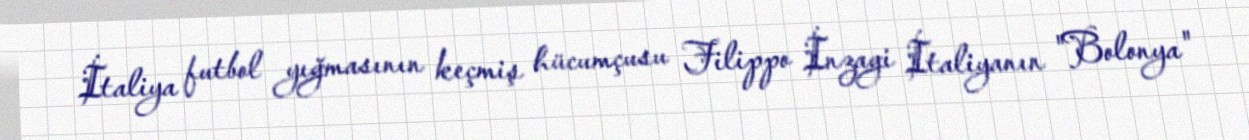
İtaliya futbol yığmasının keçmiş hücumçusu Filippo İnzagi İtaliyanın "Bolonya"